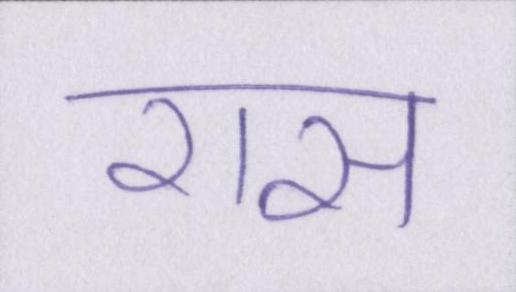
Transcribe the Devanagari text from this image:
रास